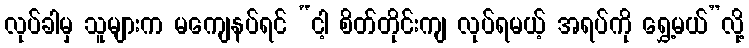
လုပ်ခါမှ သူများက မကျေနပ်ရင် “ငါ့ စိတ်တိုင်းကျ လုပ်ရမယ့် အရပ်ကို ရွှေ့မယ်”လို့